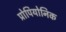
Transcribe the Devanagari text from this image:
प्रोपियोनिक